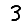
Digit: 3